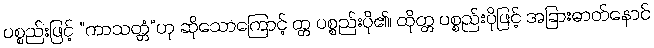
ပစ္စည်းဖြင့် “ကာသတ္တံ”ဟု ဆိုသောကြောင့် တ္တ ပစ္စည်းပို၏၊ ထိုတ္တ ပစ္စည်းပိုဖြင့် အခြားဓာတ်နောင်